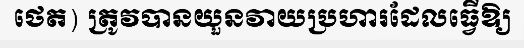
ថេត) ត្រូវបានយួនវាយប្រហារដែលធ្វើឱ្យ